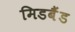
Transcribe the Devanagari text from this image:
मिडबैंड